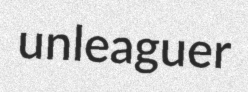
unleaguer